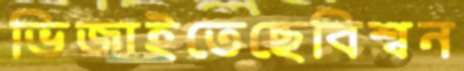
ভিজাইতেছেবিশ্বন